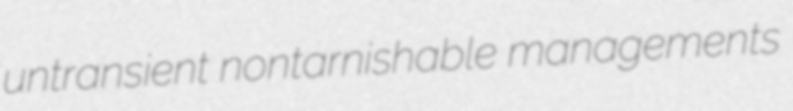
untransient nontarnishable managements